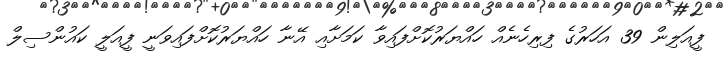
ފީއަލިން 39 އަހަރުގެ ފިރިހެނެއް ހައްޔަރުކޮށްފައިވާ ކަމަށާއި އޭނާ ހައްޔަރުކޮށްފައިވަނީ ފީއަލީ ކައުންސިލް